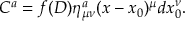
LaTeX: C ^ { a } = f ( D ) \eta _ { \mu \nu } ^ { a } ( x - x _ { 0 } ) ^ { \mu } d x _ { 0 } ^ { \nu } .